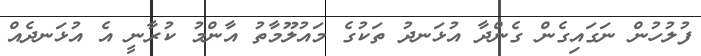
ފުލުހުން ނަގައިގެން ގެންދާ އުޅަނދު ތަކުގެ މައުލޫމާތު އާންމު ކުރާނީ އެ އުޅަނދެއް